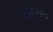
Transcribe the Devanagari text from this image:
५५६२९०